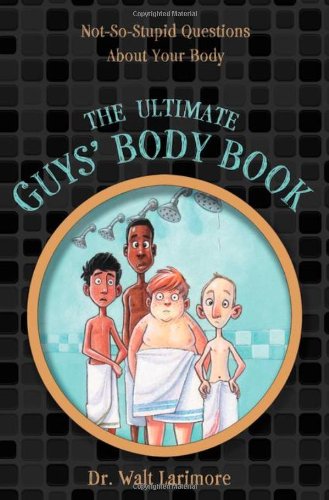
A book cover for The Ultimate Guys' Body Book: Not-So-Stupid Questions About Your Body; Walt Larimore  MD; Education & Teaching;